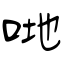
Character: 哋